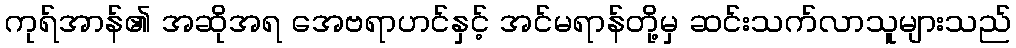
ကုရ်အာန်၏ အဆိုအရ အေဗရာဟင်နှင့် အင်မရာန်တို့မှ ဆင်းသက်လာသူများသည်